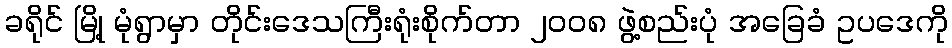
ခရိုင် မြို့ မုံရွာမှာ တိုင်းဒေသကြီးရုံးစိုက်တာ ၂ဝဝ၈ ဖွဲ့စည်းပုံ အခြေခံ ဥပဒေကို